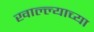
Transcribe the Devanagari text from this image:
खाल्ल्याच्या